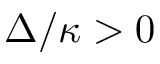
\Delta / \kappa > 0